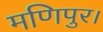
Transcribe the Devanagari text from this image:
मणिपुर।